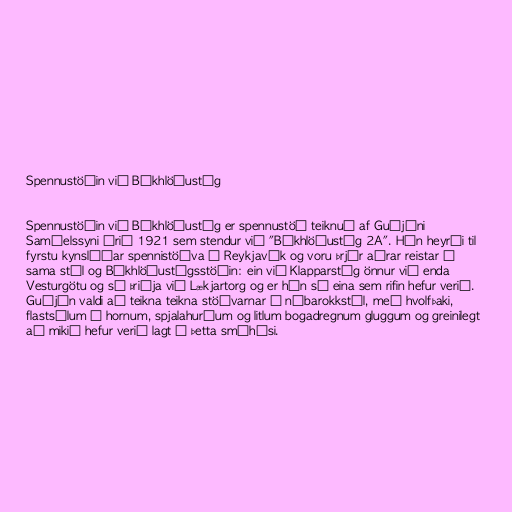
Spennustöðin við Bókhlöðustíg

Spennustöðin við Bókhlöðustíg er spennustöð teiknuð af Guðjóni
Samúelssyni árið 1921 sem stendur við "Bókhlöðustíg 2A". Hún heyrði til
fyrstu kynslóðar spennistöðva í Reykjavík og voru þrjár aðrar reistar í
sama stíl og Bókhlöðustígsstöðin: ein við Klapparstíg önnur við enda
Vesturgötu og sú þriðja við Lækjartorg og er hún sú eina sem rifin hefur verið.
Guðjón valdi að teikna teikna stöðvarnar í nýbarokkstíl, með hvolfþaki,
flastsúlum á hornum, spjalahurðum og litlum bogadregnum gluggum og greinilegt
að mikið hefur verið lagt í þetta smáhýsi.